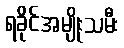
ရခိုင်အမျိုးသမီး